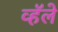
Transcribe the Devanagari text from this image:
व्हॅले